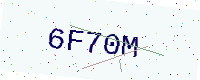
Text: 6F70M